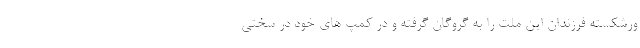
ورشکسته فرزندان این ملت را به گروگان گرفته و در کمپ های خود در سختی